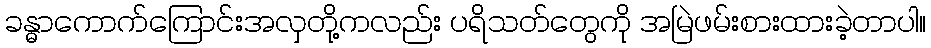
ခန္ဓာကောက်ကြောင်းအလှတို့ကလည်း ပရိသတ်တွေကို အမြဲဖမ်းစားထားခဲ့တာပါ။